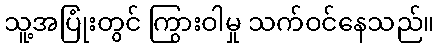
သူ့အပြုံးတွင် ကြွားဝါမှု သက်ဝင်နေသည်။